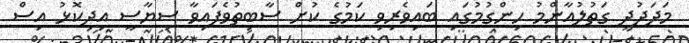
މަދަދުދީ ގަތުލުއާންމު ހިންގުމުގައި ބައިވެރިވި ކަމުގެ ކުށް ސާބިތުވެފައިވާ ސިޔާސީ އިދިކޮޅު އިސް